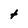
Character: t